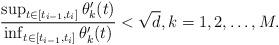
LaTeX: \begin{align*}\frac{\sup_{t\in [t_{i-1}, t_{i}]}\theta_k'(t)}{\inf_{t\in [t_{i-1}, t_{i}]}\theta_k'(t)}<\sqrt{d}, k=1,2,\dots, M.\end{align*}